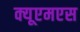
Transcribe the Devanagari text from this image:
क्यूएमएस